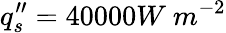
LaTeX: q_{s}^{\prime\prime}=40000W\ m^{-2}